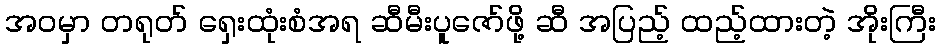
အဝမှာ တရုတ် ရှေးထုံးစံအရ ဆီမီးပူဇော်ဖို့ ဆီ အပြည့် ထည့်ထားတဲ့ အိုးကြီး